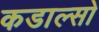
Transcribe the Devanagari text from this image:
कडाल्सो